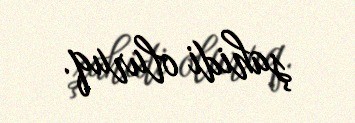
şahidi oluruq.